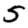
Digit: 5